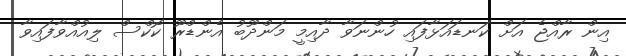
އިން ރާއްޖެ އަށް ކަނޑައަޅާފައި ހުންނަވާ ދާއިމީ މަންދޫބު އެންޑްރޫ ކޮކްސް ލިއުއްވާފައިވާ